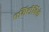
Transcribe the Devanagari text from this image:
एमिटीविले